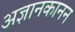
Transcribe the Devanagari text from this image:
अज्ञानकानन